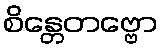
စိန္တေတဗ္ဗော